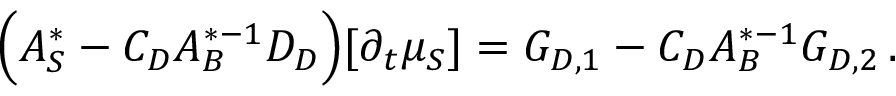
\Big ( A _ { S } ^ { * } - C _ { D } A _ { B } ^ { * - 1 } D _ { D } \Big ) [ \partial _ { t } \mu _ { S } ] = G _ { D , 1 } - C _ { D } A _ { B } ^ { * - 1 } G _ { D , 2 } \, .